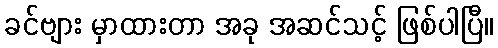
ခင်ဗျား မှာထားတာ အခု အဆင်သင့် ဖြစ်ပါပြီ။